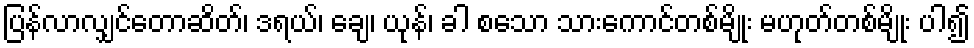
ပြန်လာလျှင်တောဆိတ်၊ ဒရယ်၊ ချေ၊ ယုန်၊ ခါ စသော သားကောင်တစ်မျိုး မဟုတ်တစ်မျိုး ပါ၍